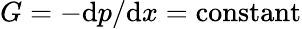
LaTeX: G=-\mathrm{d}p/\mathrm{d}x={\mathrm{constant}}